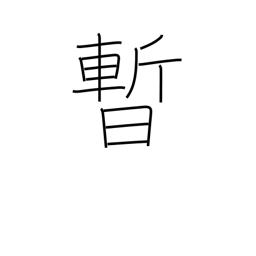
Meaning: moment